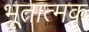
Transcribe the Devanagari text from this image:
भूतात्मक